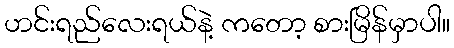
ဟင်းရည်လေးရယ်နဲ့ ကတော့ စားမြိန်မှာပါ။